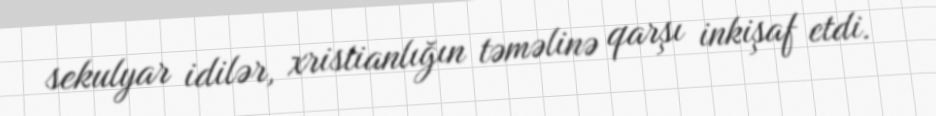
sekulyar idilər, xristianlığın təməlinə qarşı inkişaf etdi.